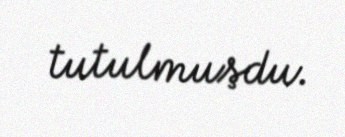
tutulmuşdu.